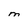
Character: M